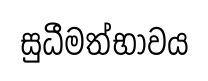
සුධීමත්භාවය